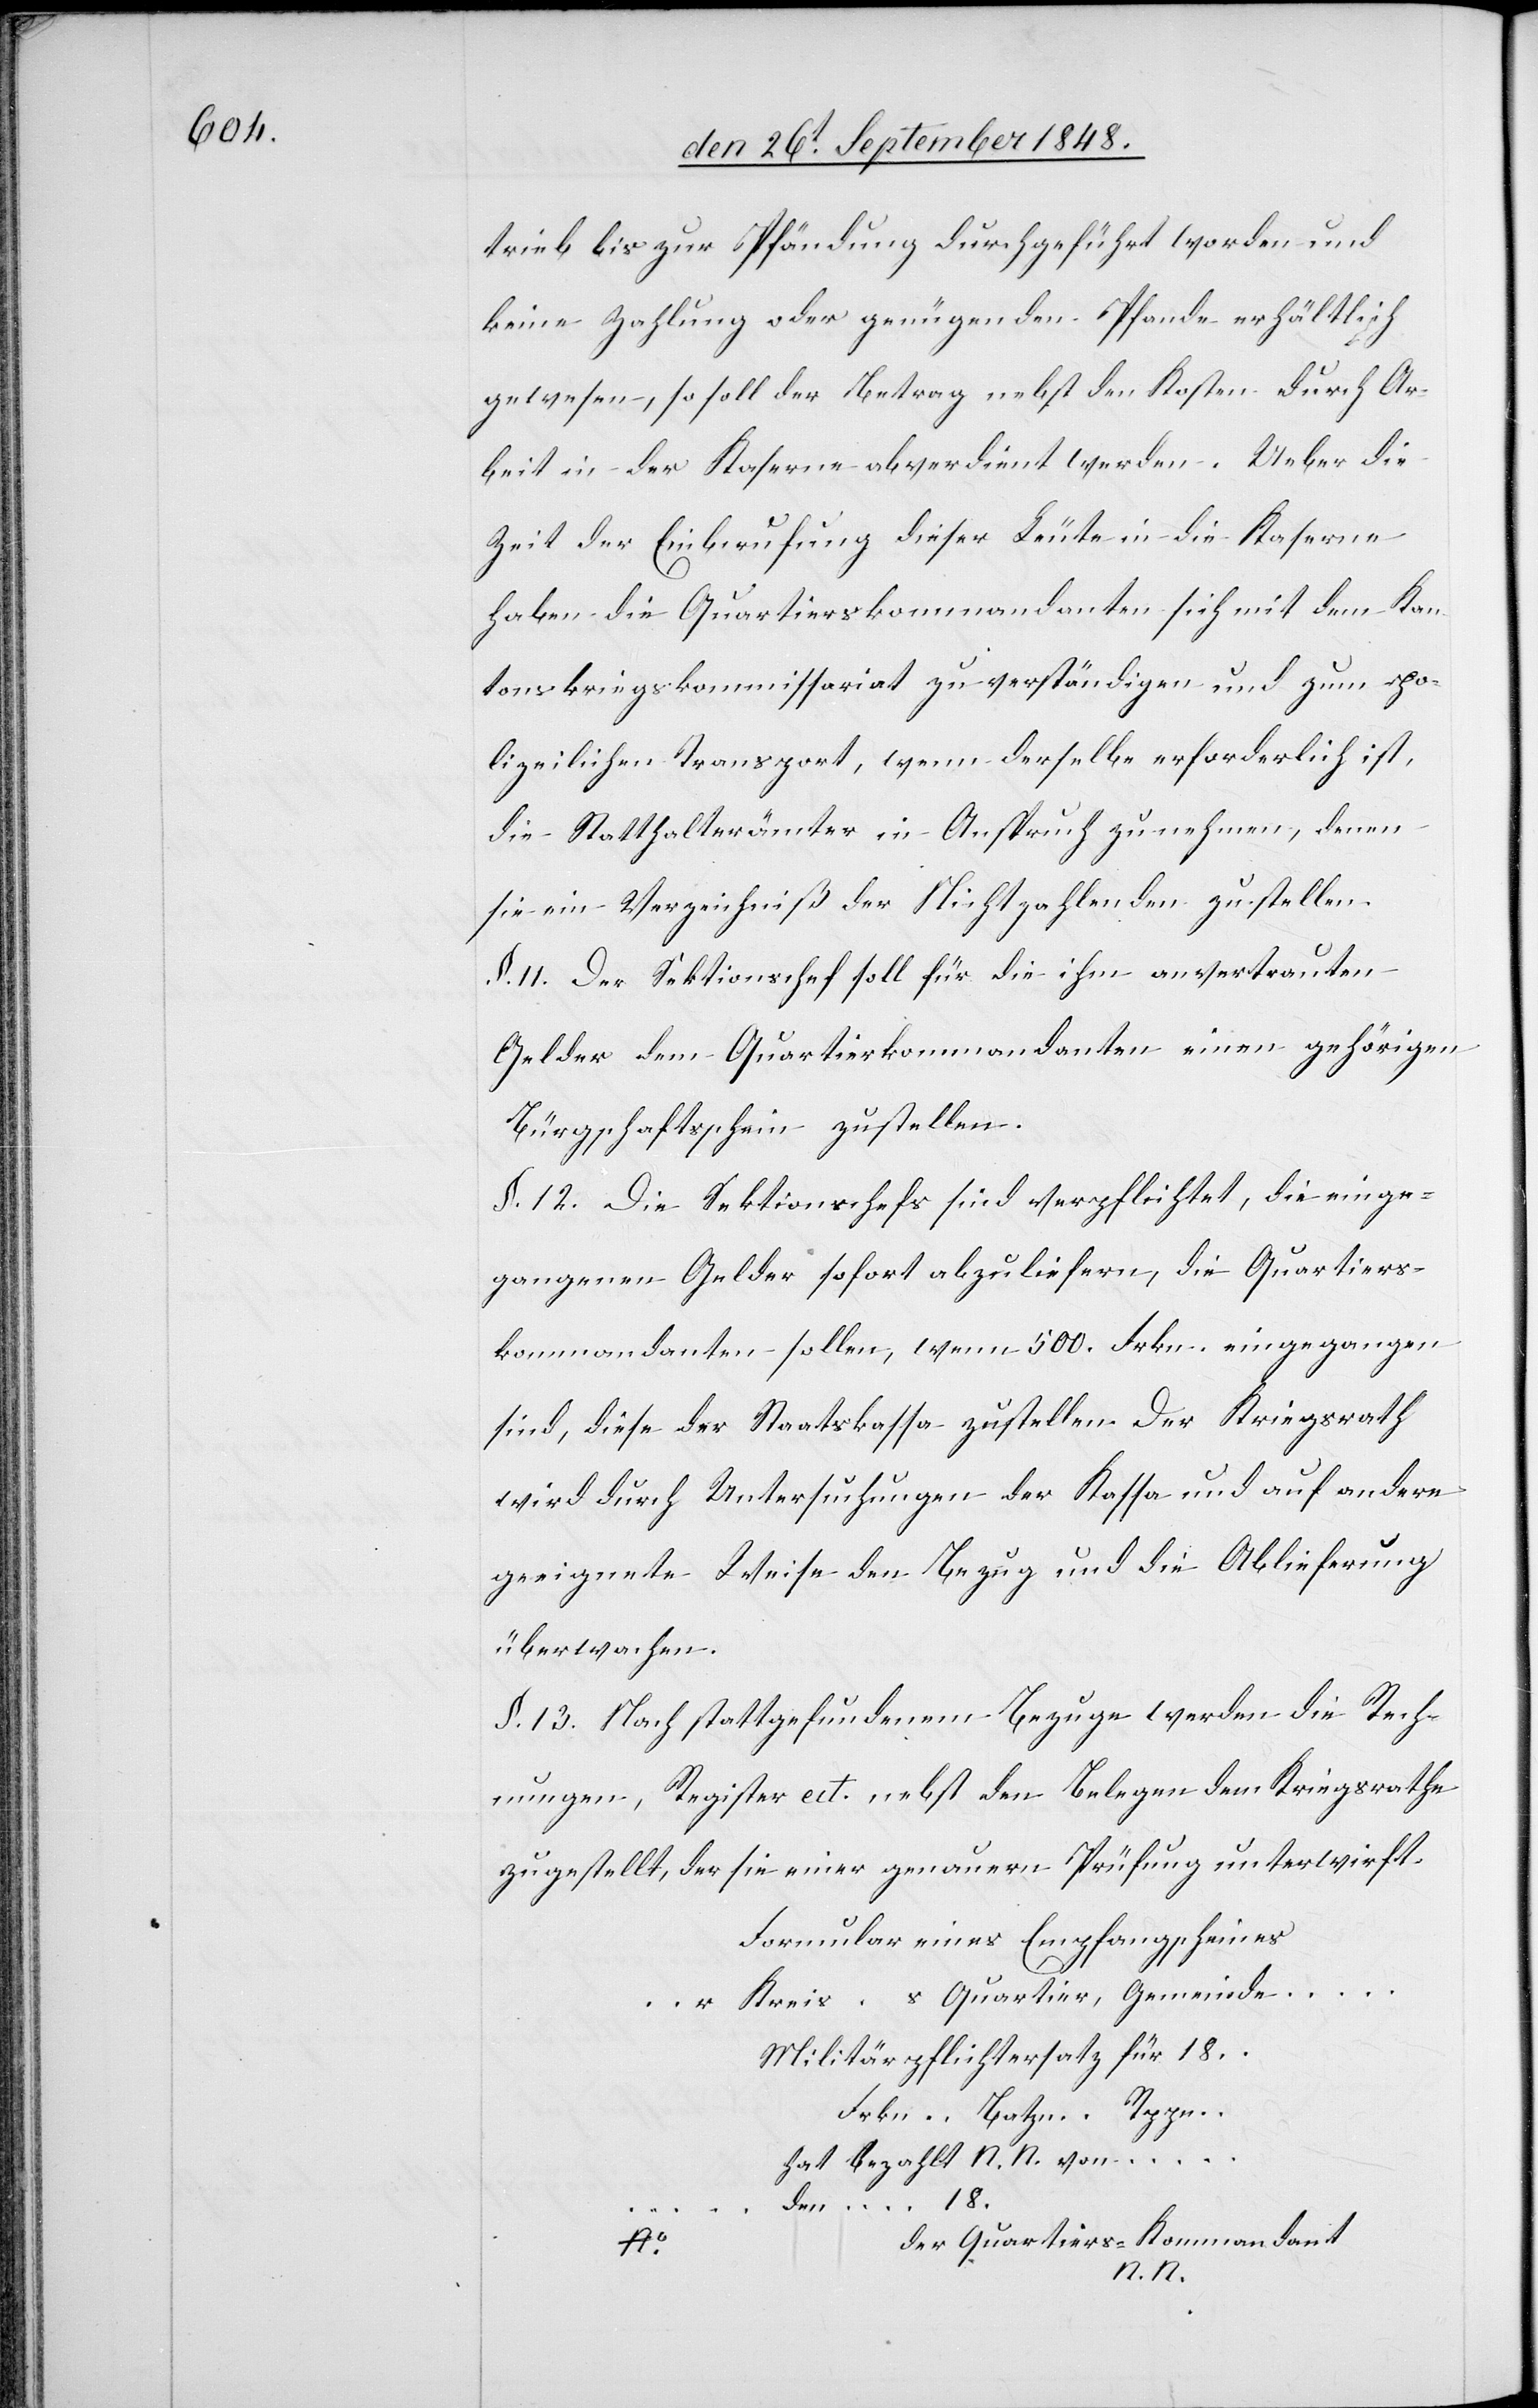
trieb bis zur Pfändung durchgeführt worden und
keine Zahlung oder genügenden Pfande erhältlich
gewesen, so soll der Betrag nebst den Kosten durch Ar¬
beit in der Kaserne abverdient werden. Ueber die
Zeit der Einberufung dieser Leute in die Kaserne
haben die Quartierskommandanten sich mit dem Kan¬
tonskriegskommissariat zu verständigen und zum po¬
lizeilichen Transport, wenn derselbe erforderlich ist,
die Statthalterämter in Anspruch zu nehmen, denen
sie ein Verzeichniß der Nichtzahlenden zustellen.
§. 11. Der Sektionschef soll für die ihm anvertrauten
Gelder dem Quartierkommandanten einen gehörigen
Bürgschaftsschein zustellen.
§. 12. Die Sektionschefs sind verpflichtet, die einge¬
gangenen Gelder sofort abzuliefern, die Quartiers¬
kommandanten sollen, wenn 500. Frkn. eingegangen
sind, diese der Staatskasse zustellen. Der Kriegsrath
wird durch Untersuchungen der Kassa und auf andere
geeignete Weise den Bezug und die Ablieferung
überwachen.
§. 13. Nach stattgefundenem Bezuge werden die Rech¬
nungen, Register ect. nebst den Belegen dem Kriegsrathe
zugestellt, der sie einer genauern Prüfung unterwirft.
Formular eines Empfangscheines
…r Kreis …s Quartier, Gemeinde …
Frkn. … Batzn. … Rppn.
hat bezahlt N. N. von …
… den … 18…
der Quartierskommandant
18…
N. N.